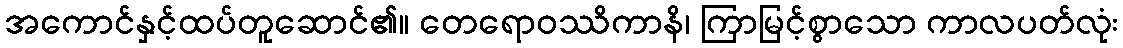
အကောင်နှင့်ထပ်တူဆောင်၏။ တေရောဝဿိကာနိ၊ ကြာမြင့်စွာသော ကာလပတ်လုံး